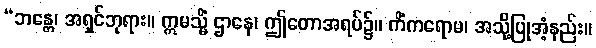
“ဘန္တေ၊ အရှင်ဘုရား။ ဣမသ္မိံ ဌာနေ၊ ဤတောအရပ်၌။ ကိံကရောမ၊ အသို့ပြုအံ့နည်း။